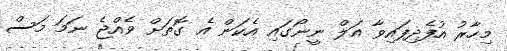
މިހާރު އުފެދިފައިވާ އަލް ނީނޯގައި އެކަން އެ ގޮތަށް ވެއްޖެ ނަމަ މަސް